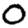
Digit: 0